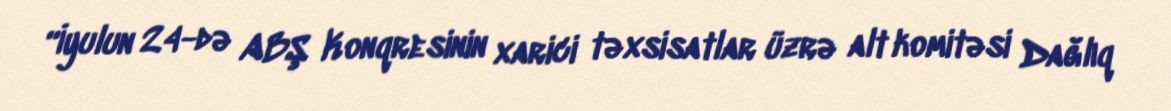
“İyulun 24-də ABŞ Konqresinin xarici təxsisatlar üzrə alt komitəsi Dağlıq